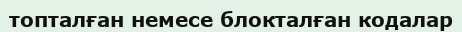
топталған немесе блокталған кодалар